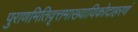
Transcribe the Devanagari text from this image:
पुराणमितिवृत्तमाख्यायिकोदाहरणं